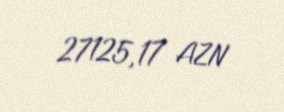
27125,17 AZN